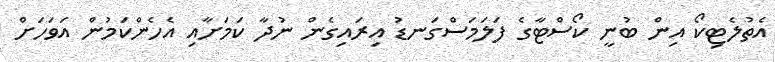
އެތުލެޓިކޯ އިން ބުނީ ކޯސްޓާގެ ފަލަމަސްގަނޑު އިރައިގެން ނުދާ ކަމަށާއި އެހެންކަމުން އަވަހަށް